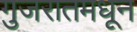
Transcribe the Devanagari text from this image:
गुजरातमधून